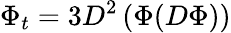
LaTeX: \Phi_{t}=3D^{2}\left(\Phi(D\Phi)\right)